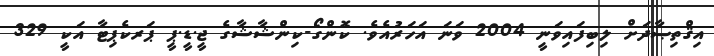
އިޤްތިޞާދަށް ލިބިފައިވަނީ 2004 ވަނަ އަހަރުއެވެ. ކޮންގޯ-ކިންޝާޝާގެ ޖީ.ޑީ.ޕީ ޕަރކެޕިޓާ އަކީ 329